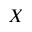
X